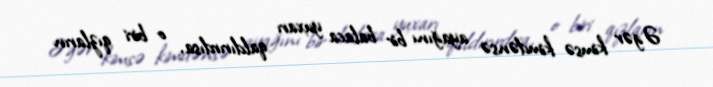
Əgər kimsə kimdənsə ayağını bir balaca yuxarı qaldırırdısa, o biri qızların